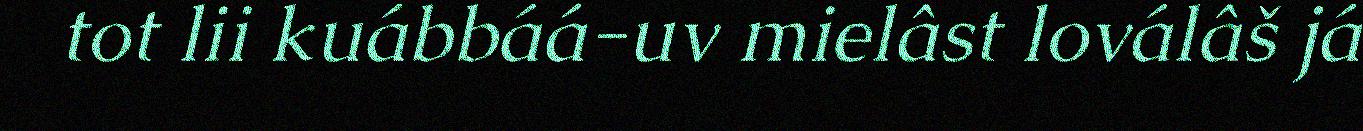
tot lii kuábbáá-uv mielâst loválâš já